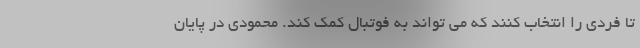
تا فردی را انتخاب کنند که می تواند به فوتبال کمک کند. محمودی در پایان